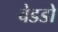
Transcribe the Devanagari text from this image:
बेडडो